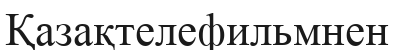
Қазақтелефильмнен